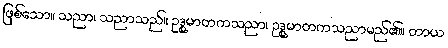
ဖြစ်သော။ သညာ၊ သညာသည်။ ဥဒ္ဓုမာတကသညာ၊ ဥဒ္ဓုမာတကသညာမည်၏။ တာယ